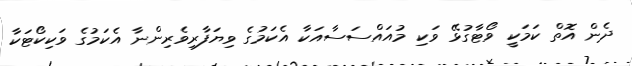
ދެން އޮތް ކަމަކީ ވޯޓާގުޅޭ ވަކި މުއައްސަސާއަކާ އެކަމުގެ ވިޔަފާރިވެރިންނާ އެކަމުގެ ވަކިކޯޓަކާ